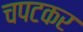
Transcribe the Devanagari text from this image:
चपटकर